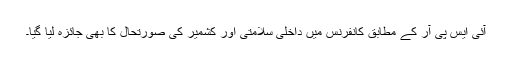
آئی ایس پی آر کے مطابق کانفرنس میں داخلی سلامتی اور کشمیر کی صورتحال کا بھی جائزہ لیا گیا۔